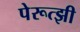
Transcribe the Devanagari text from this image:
पेरूत्झी